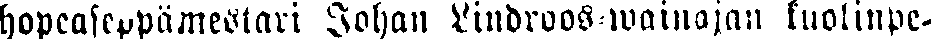
hopeaseppämestari Johan Lindroos-wainajan kuolinpe-